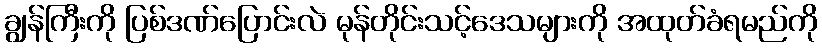
ချွန်ကြီးကို ပြစ်ဒဏ်ပြောင်းလဲ မုန်တိုင်းသင့်ဒေသများကို အထုတ်ခံရမည်ကို